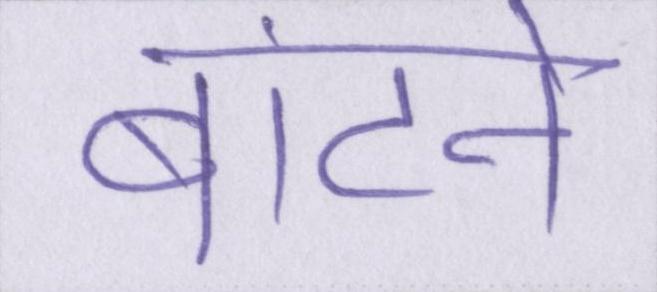
बांटने